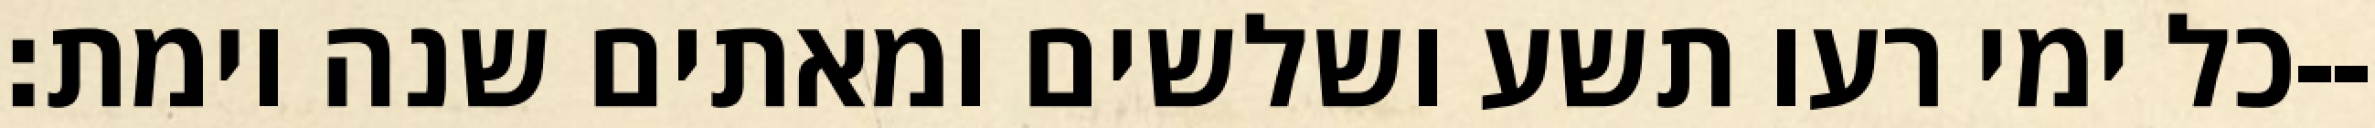
כל ימי רעו תשע ושלשים ומאתים שנה וימת׃--